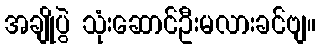
အချိုပွဲ သုံးဆောင်ဦးမလားခင်ဗျ။